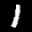
Label: 1